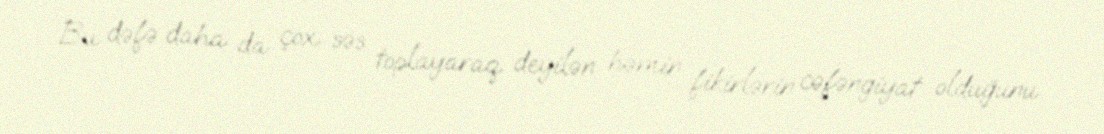
Bu dəfə daha da çox səs toplayaraq deyilən həmin fikirlərin cəfəngiyat olduğunu